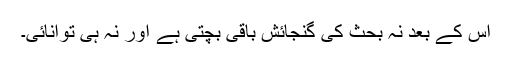
اس کے بعد نہ بحث کی گنجائش باقی بچتی ہے اور نہ ہی توانائی۔